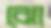
ঝো